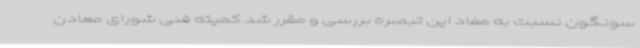
سونگون نسبت به مفاد این تبصره بررسی و مقرر شد کمیته فنی شورای معادن